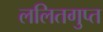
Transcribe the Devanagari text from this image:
ललितगुप्त